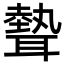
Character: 𦗙